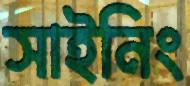
সাইনিং